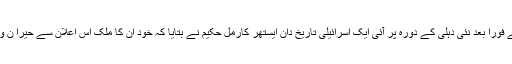
اس اعلان کے فوراً بعد نئی دہلی کے دورہ پر آئی ایک اسرائیلی تاریخ دان ایستھر کارمل حکیم نے بتایا کہ خود ان کا ملک اس اعلان سے حیرا ن و پریشان ہے۔